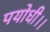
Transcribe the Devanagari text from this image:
पयोधी।।